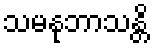
သမနုဘာသန္တိ